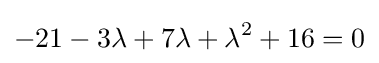
-21-3\lambda +7\lambda +\lambda ^{2}+16=0\,\!